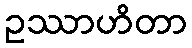
ဥဿာဟိတာ